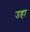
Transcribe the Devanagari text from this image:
उहा